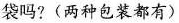
袋吗？(两种包装都有)